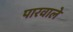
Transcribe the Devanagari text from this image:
पारवाले